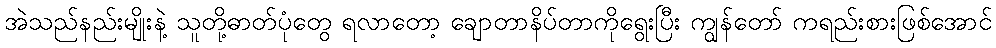
အဲသည်နည်းမျိုးနဲ့ သူတို့ဓာတ်ပုံတွေ ရလာတော့ ချောတာနိပ်တာကိုရွေးပြီး ကျွန်တော် ကရည်းစားဖြစ်အောင်